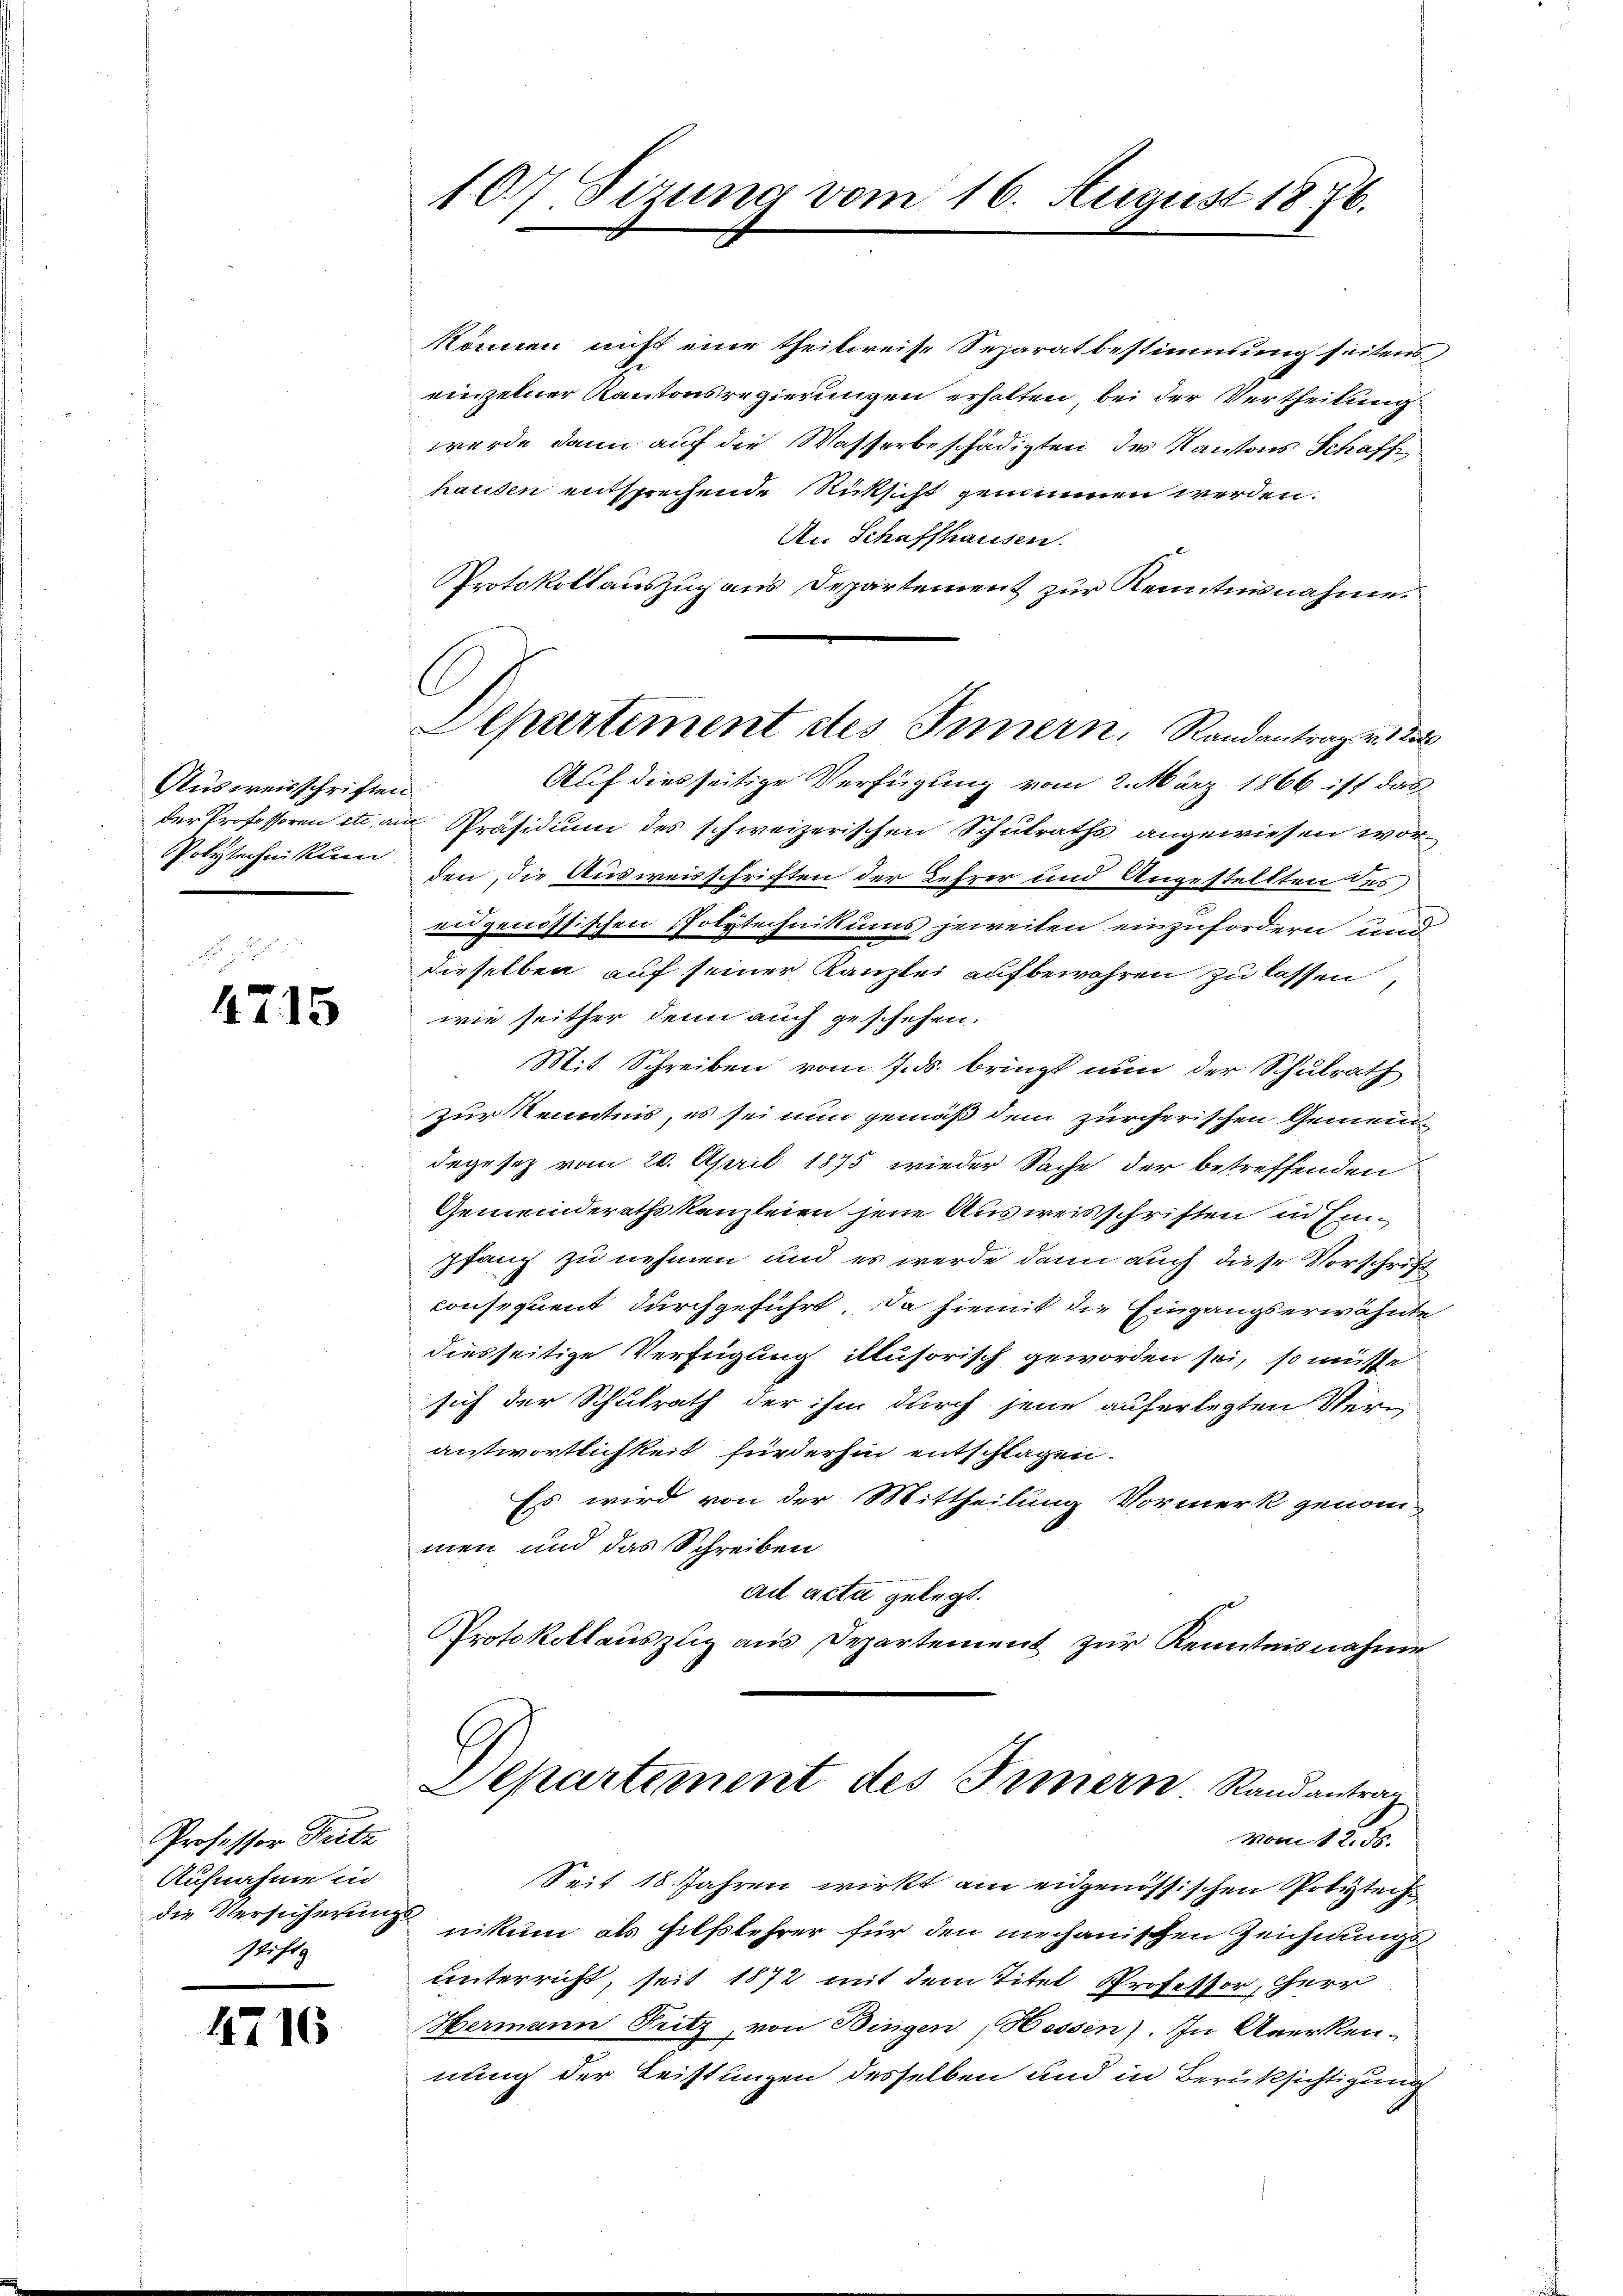
Ausweisschriften.
Polytechnikum

4715

Professor Stritz
Aufnahme in
stift

4716

107. Sizung vom 16. August 1876.

können nicht eine theilweise Separatbestimmung seitens
einzelner Kantonsregierungen erhalten, bei der Vertheilung
werde dann auf die Wasserbeschädigten des Kantons Schaffe
hausen entsprechende Rücksicht genommen werden.
An Schaffhausen.
Protokollauszug aus Departement zur Kenntnisnahme.
Auf diesseitige Verfügung vom 2. März 1866 ist das
der Professoren etc. am Präsidium des schweizerischen Schulraths angewiesen worden, die Ausweisschriften der Lehrer und Angestellten des
eidgenössischen Polytechnikums jeweiten einzufordern und
dieselben auf seiner Kanzlei aufbewahren zu lassen,
wie seither denn auch geschehen.
Mit Schreiben vom 7. ds. bringt nun der Schulrath
Zur Kenntnis, es sei nun gemäß dem zürcherischen Gemeindegesez vom 20. April 1875 wieder Sache der betreffenden
Gemeinderathskanzleien jene Ausweisschriften in Einpfang zu nehmen und es werde dann auch diese Vorschrift
consequent durchgeführt. Da hiemit die Eingangserwähnte
diesseitige Verfügung illusorisch geworden sei, so müsse
sich der Schulrath der ihm durch jene auferlegten Verantwortlichkeit fürderhin entschlagen.
Es wird von der Mittheilung Vormerk genom
men und das Schreiben
ad acta gelegt.
PProtokollauszug aus Departement zur Kenntnisnahme
Departement des Innern. Randantrag
Vom 12. ds.
Seit 18 Jahren wirkt am eidgenössischen Polytech
die Versicherung nikum als Hilfslehrer für den mechanischen Zeichnungs
unterricht, seit 1872 mit dem Titel Professor, Herr
Hermann Pritz, von Dingen, Hessen). In Anerken-
nung der Leistungen desselben und in Berüksichtigung

Alpartiment des Innern, Randantrag v. 1222